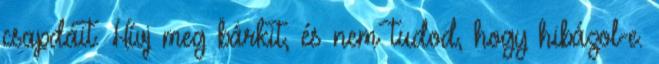
csapdáit. Hívj meg bárkit, és nem tudod, hogy hibázol-e.